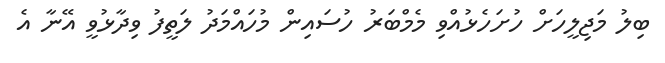
ބިލު މަޖިލީހަށް ހުށަހެޅުއްވި މެމްބަރު ހުސައިން މުހައްމަދު ލަތީފު ވިދާޅުވީ އޭނާ އެ